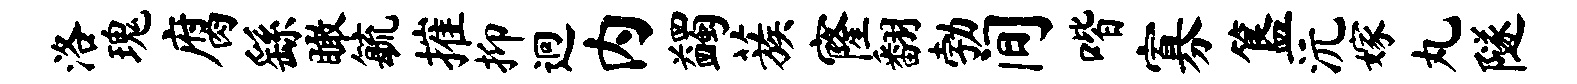
洛瑰腐繇瞰毓摧抑迥内蠲蔟窿翻勃间喈寡簋沅嫁丸隧